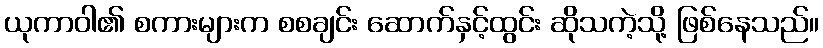
ယုကာဝါ၏ စကားများက စစချင်း ဆောက်နှင့်ထွင်း ဆိုသကဲ့သို့ ဖြစ်နေသည်။